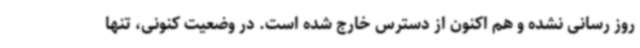
روز رسانی نشده و هم اکنون از دسترس خارج شده است. در وضعیت کنونی، تنها